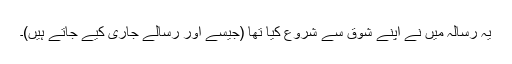
یہ رسالہ میں نے اپنے شوق سے شروع کیا تھا (جیسے اور رسالے جاری کیے جاتے ہیں)۔